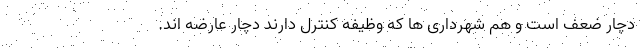
دچار ضعف است و هم شهرداری ها که وظیفه کنترل دارند دچار عارضه اند.